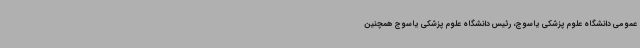
عمومی دانشگاه علوم پزشکی یاسوج، رئیس دانشگاه علوم پزشکی یاسوج همچنین